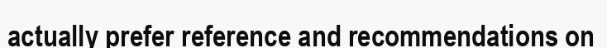
actually prefer reference and recommendations on